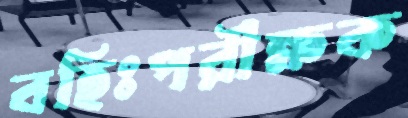
বহিঃপরীক্ষক